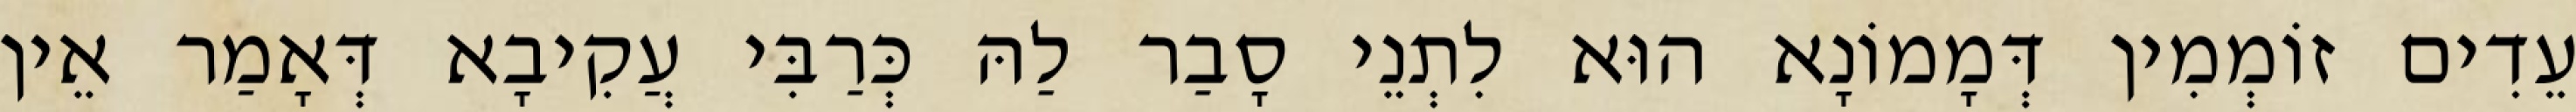
עֵדִים זוֹמְמִין דְּמָמוֹנָא הוּא לִתְנֵי סָבַר לַהּ כְּרַבִּי עֲקִיבָא דְּאָמַר אֵין